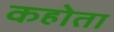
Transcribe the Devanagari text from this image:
कहोता